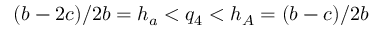
( b - 2 c ) / 2 b = h _ { a } < q _ { 4 } < h _ { A } = ( b - c ) / 2 b